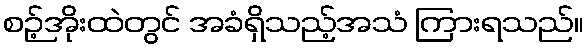
စဉ့်အိုးထဲတွင် အခံရှိသည့်အသံ ကြားရသည်။